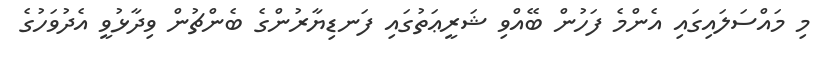
މި މައްސަލައިގައި އެންމެ ފަހުން ބޭއްވި ޝަރީޢަތުގައި ފަނޑިޔާރުންގެ ބެންޗުން ވިދާޅުވީ އެދުވަހުގެ